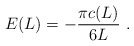
\begin{align*}E(L)=-\displaystyle\frac{\pi c(L)}{6L}\, \, .\end{align*}